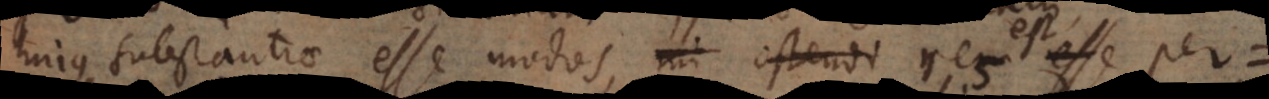
hujus substantiae esse modos, res est per